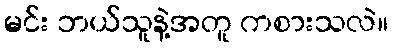
မင်း ဘယ်သူနဲ့အတူ ကစားသလဲ။